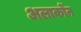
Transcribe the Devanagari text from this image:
अलार्कोंन